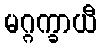
မဂ္ဂက္ခာယီ